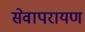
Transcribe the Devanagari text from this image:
सेवापरायण